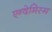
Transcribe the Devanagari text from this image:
एन्देमिस्म